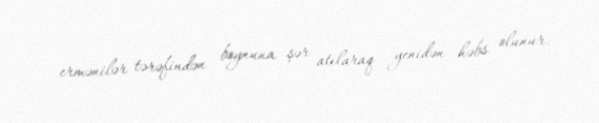
ermənilər tərəfindən boynuna şər atılaraq yenidən həbs olunur.